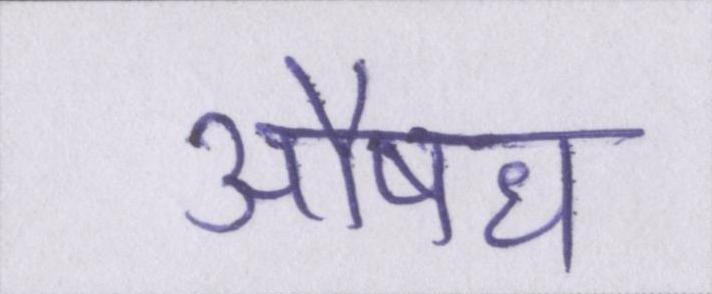
औषध